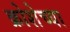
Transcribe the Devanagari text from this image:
क्रोशेच्या